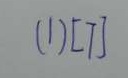
( 1 ) [ 7 ]